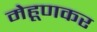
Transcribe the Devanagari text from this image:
मेहूणकर